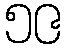
၅၉